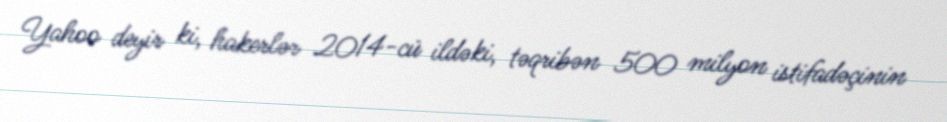
Yahoo deyir ki, hakerlər 2014-cü ildəki, təqribən 500 milyon istifadəçinin